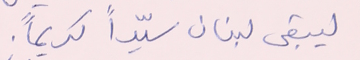
ليبقى لبنان سيّداً كريماً.